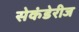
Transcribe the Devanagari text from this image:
सेकंडेरीज